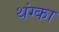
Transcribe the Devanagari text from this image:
थंग्का